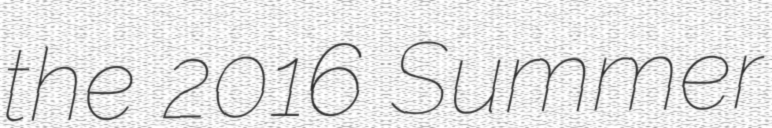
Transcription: the 2016 Summer